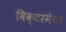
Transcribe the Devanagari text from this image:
विक्टरमेयर